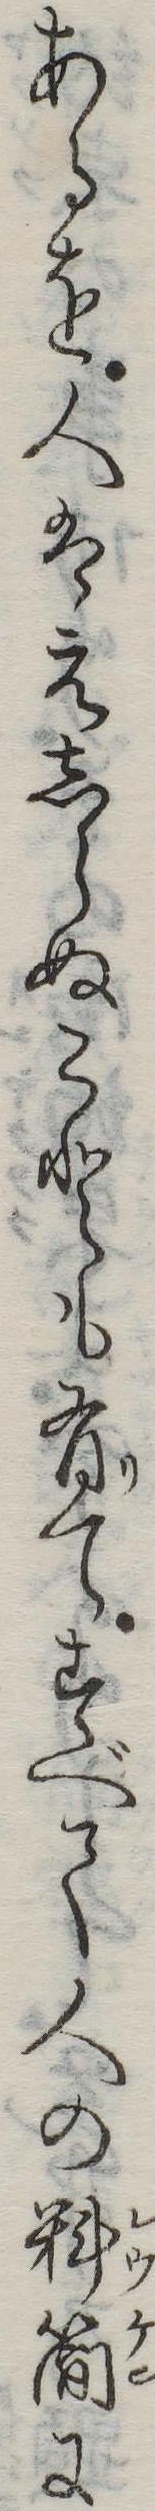
あるを人はえしらぬことも有てすべて人の料簡に